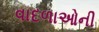
વાદળાઓની